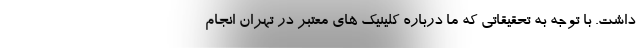
داشت. با توجه به تحقیقاتی که ما درباره کلینیک های معتبر در تهران انجام